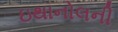
ઇથાનોલની